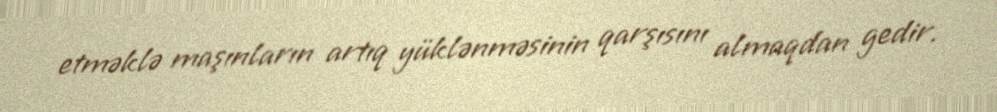
etməklə maşınların artıq yüklənməsinin qarşısını almaqdan gedir.